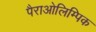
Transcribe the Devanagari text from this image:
पैराओलिम्पिक